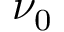
\nu _ { 0 }